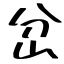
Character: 岔